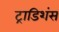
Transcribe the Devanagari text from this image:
ट्राडिशंस